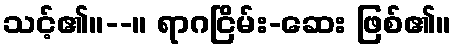
သင့်၏။--။ ရာဂငြိမ်း-ဆေး ဖြစ်၏။